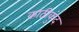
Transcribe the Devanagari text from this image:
काठीकुंद